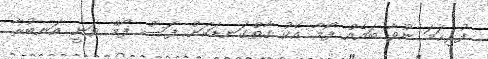
ފުރިހަމަ ނުވާ ބައެއް ފޯމާ އެކު ގާތްގަނޑަކަށް ފަސް ފޯމް ވަނީ އަނބުރާ